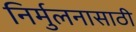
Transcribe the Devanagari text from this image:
निर्मुलनासाठी